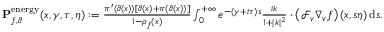
\begin{array} { r } { \mathbf { P } _ { f , \vartheta } ^ { \mathrm { e n e r g y } } ( x , \gamma , \tau , \eta ) : = \frac { \pi ^ { \prime } ( \vartheta ( x ) ) \left[ \vartheta ( x ) + \pi ( \vartheta ( x ) ) \right] } { 1 - \rho _ { f } ( x ) } \int _ { 0 } ^ { + \infty } e ^ { - ( \gamma + i \tau ) s } \frac { i k } { 1 + \vert k \vert ^ { 2 } } \cdot \left( \mathcal { F } _ { v } \nabla _ { v } f \right) ( x , s \eta ) \, \mathrm { d } s . } \end{array}